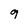
Character: 9